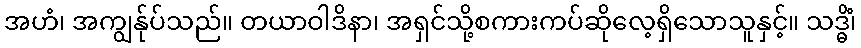
အဟံ၊ အကျွန်ုပ်သည်။ တယာဝါဒိနာ၊ အရှင်သို့စကားကပ်ဆိုလေ့ရှိသောသူနှင့်။ သဒ္ဓိံ၊